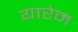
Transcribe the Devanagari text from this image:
यारेम